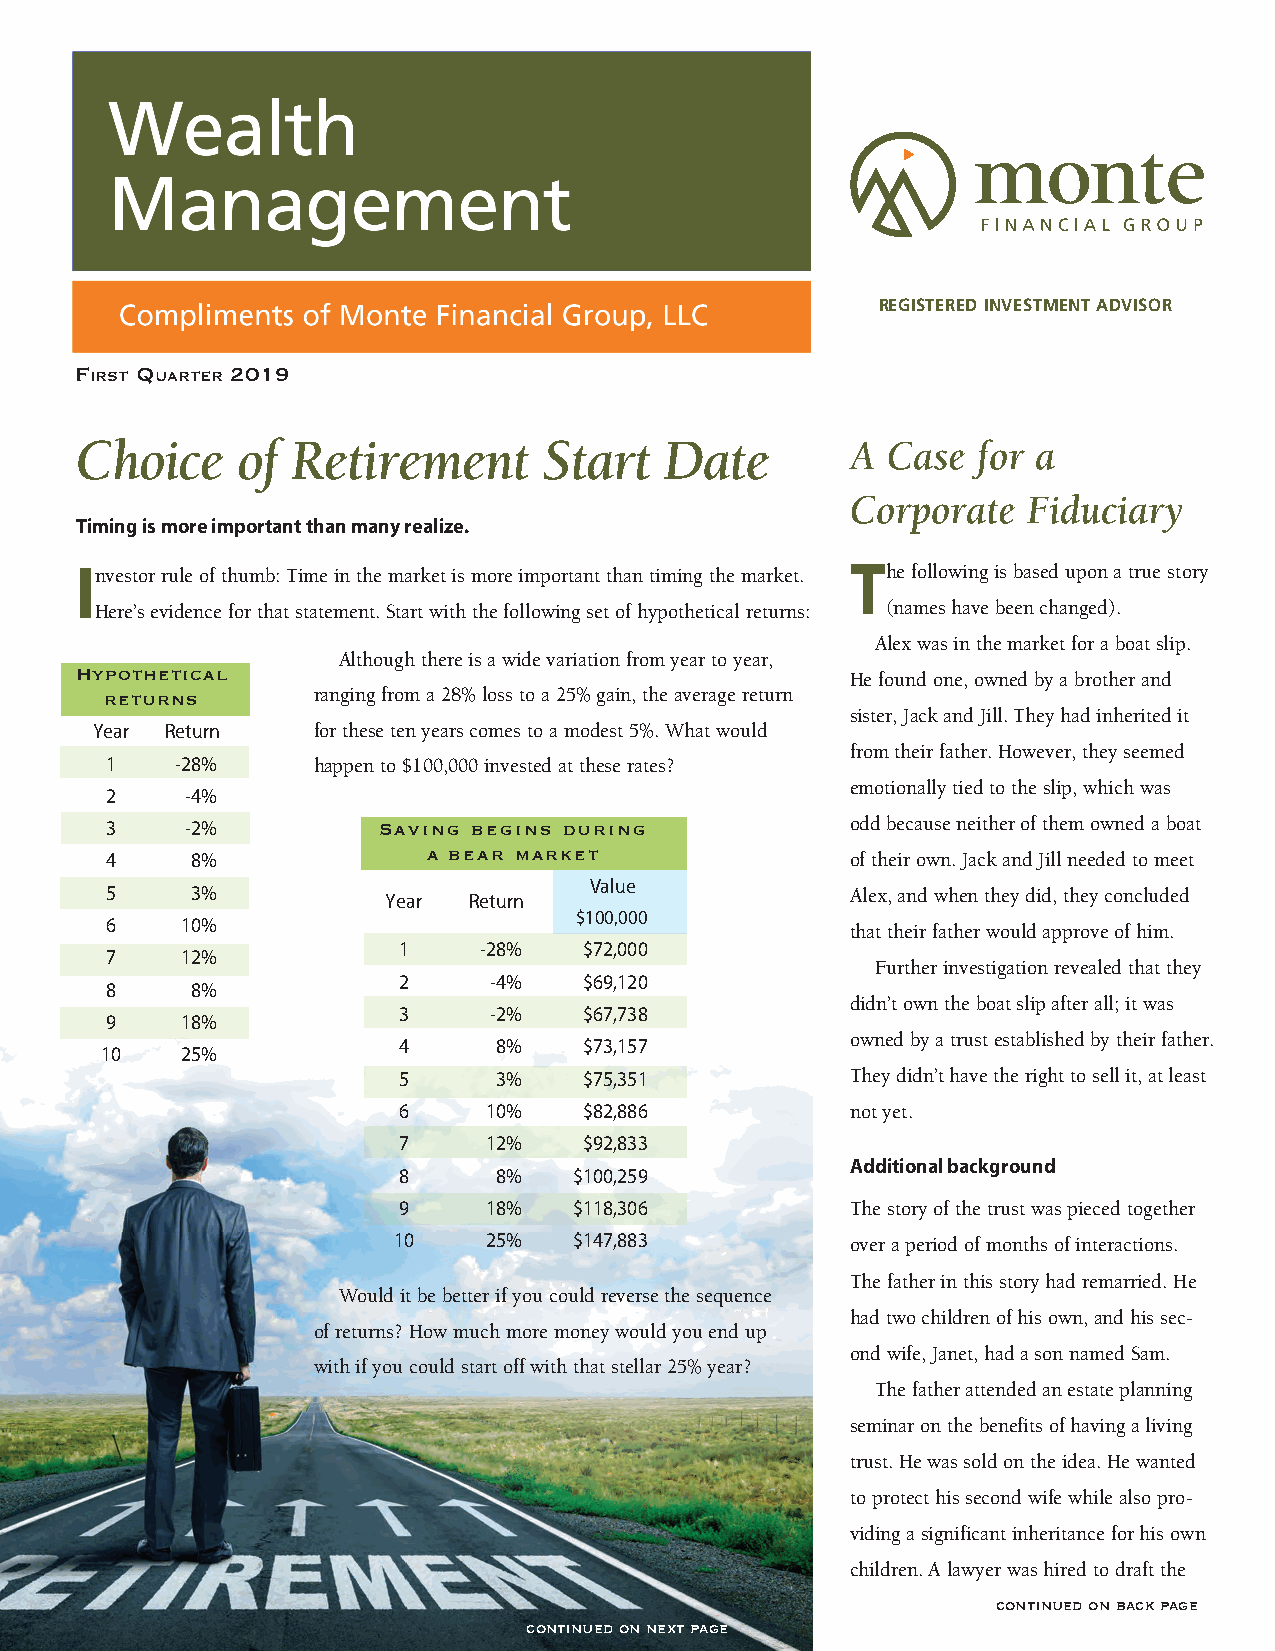
REGISTERED INVESTMENT ADVISOR
 First Quarter 2019
 Choice     of Retirement       Start   Date        A  Case  for a
 Corporate   Fiduciary
 Timing is more important than many realize.
 Investor rule of thumb: Time in the market is more important than timing the market. The following is based upon a true story
 Here’s evidence for that statement. Start with the following set of hypothetical returns: (names have been changed).
 Alex was in the market for a boat slip.
 Although there is a wide variation from year to year,
 Hypothetical                                       He found one, owned by a brother and
 returns       ranging from a 28% loss to a 25% gain, the average return
 sister, Jack and Jill. They had inherited it
 Year Return    for these ten years comes to a modest 5%. What would
 from their father. However, they seemed
 1    -28%     happen to $100,000 invested at these rates?
 emotionally tied to the slip, which was
 2    -4%
 3    -2%          Saving begins during           odd because neither of them owned a boat
 4     8%             a bear market               of their own. Jack and Jill needed to meet
 Value
 5     3%           Year Return                   Alex, and when they did, they concluded
 $100,000
 6    10%                                         that their father would approve of him.
 1     -28%   $72,000
 7    12%
 Further investigation revealed that they
 2     -4%    $69,120
 8     8%
 didn’t own the boat slip after all; it was
 3     -2%    $67,738
 9    18%
 owned by a trust established by their father.
 4      8%    $73,157
 10   25%
 5      3%    $75,351          They didn’t have the right to sell it, at least
 6     10%    $82,886          not yet.
 7     12%    $92,833
 Additional background
 8      8%   $100,259
 9     18%   $118,306          The story of the trust was pieced together
 10    25%   $147,883          over a period of months of interactions.
 The father in this story had remarried. He
 Would it be better if you could reverse the sequence
 had two children of his own, and his sec-
 of returns? How much more money would you end up
 ond wife, Janet, had a son named Sam.
 with if you could start off with that stellar 25% year?
 The father attended an estate planning
 seminar on the benefits of having a living
 trust. He was sold on the idea. He wanted
 to protect his second wife while also pro-
 viding a significant inheritance for his own
 children. A lawyer was hired to draft the
 continued on back page
 continued on next page